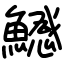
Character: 鱤